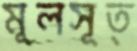
মূলসূত্